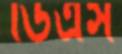
ডিএস